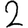
Digit: 2